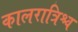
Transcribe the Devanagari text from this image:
कालरात्रिश्च